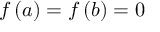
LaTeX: f \left( a \right) = f \left( b \right) = 0